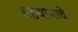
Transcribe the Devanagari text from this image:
सहयोगाचे